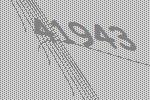
41943